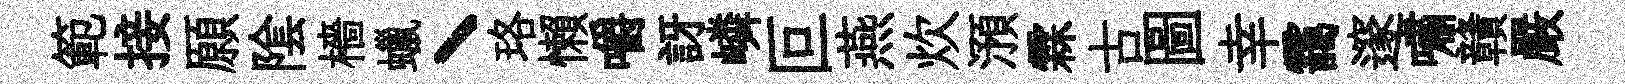
範接願隂檣蠟丶珞懶嚼訝嶙叵燕炊澦霖古圖幸靄邃嘯贛嚴